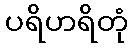
ပရိဟရိတုံ